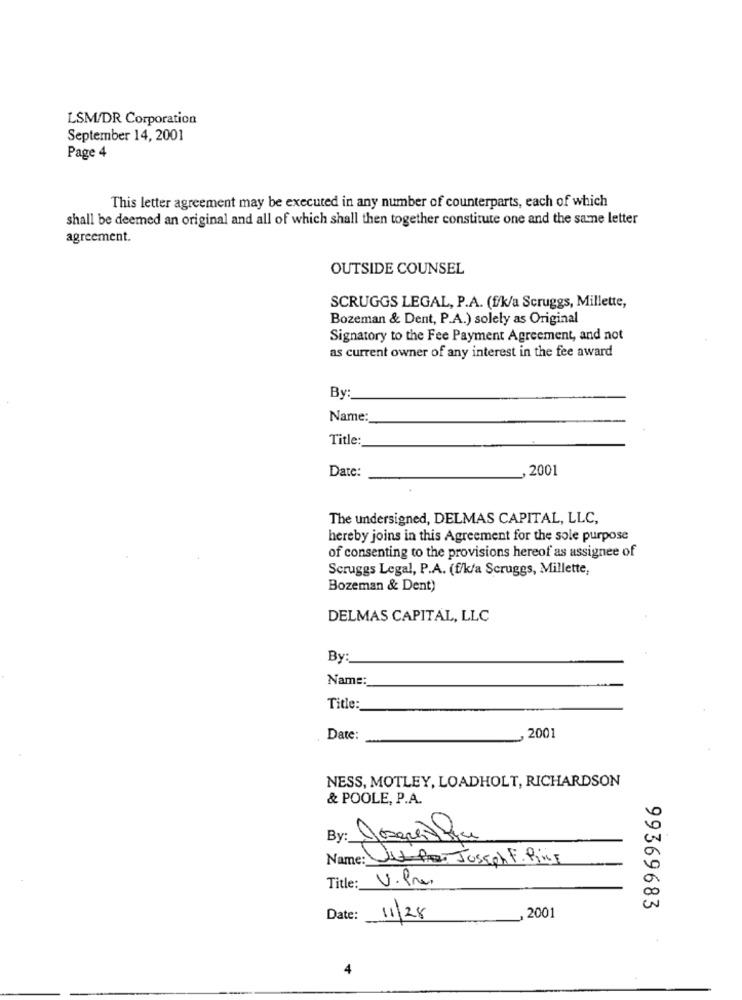
LSM/DR Corporation
September 14, 2001
Page 4
This letter agreement may be executed in any number of counterparts, each of which
shall be deemed an original and all of which shall then together constitute one and the same letter
agreement.
OUTSIDE COUNSEL
SCRUGGS LEGAL, P.A. (f/k/a Scruggs, Millette,
Bozeman & Dent, P.A.) solely as Original
Signatory to the Fee Payment Agreement, and not
as current owner of any interest in the fee award
By:
Name:
Title:
Date:
,2001
The undersigned, DELMAS CAPITAL, LLC,
hereby joins in this Agreement for the sole purpose
of consenting to the provisions hereof as assignee of
Scruggs Legal, P.A. (f/k/a Scruggs, Millette,
Bozeman & Dent)
DELMAS CAPITAL, LLC
By:
Name:
Title:
2001
Date:
NESS, MOTLEY, LOADHOLT, RICHARDSON
& POOLE, P.A.
0
Name: JUL-PATJoseph F. Pince
Title: V.Pres
99369683
Date:
11/28
, 2001
4